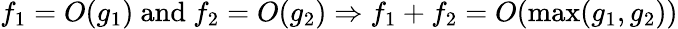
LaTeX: f_{1}=O(g_{1}){\mathrm{~and~}}f_{2}=O(g_{2})\Rightarrow f_{1}+f_{2}=O(\operatorname*{max}(g_{1},g_{2}))